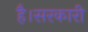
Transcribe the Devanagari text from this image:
है।सरकारी